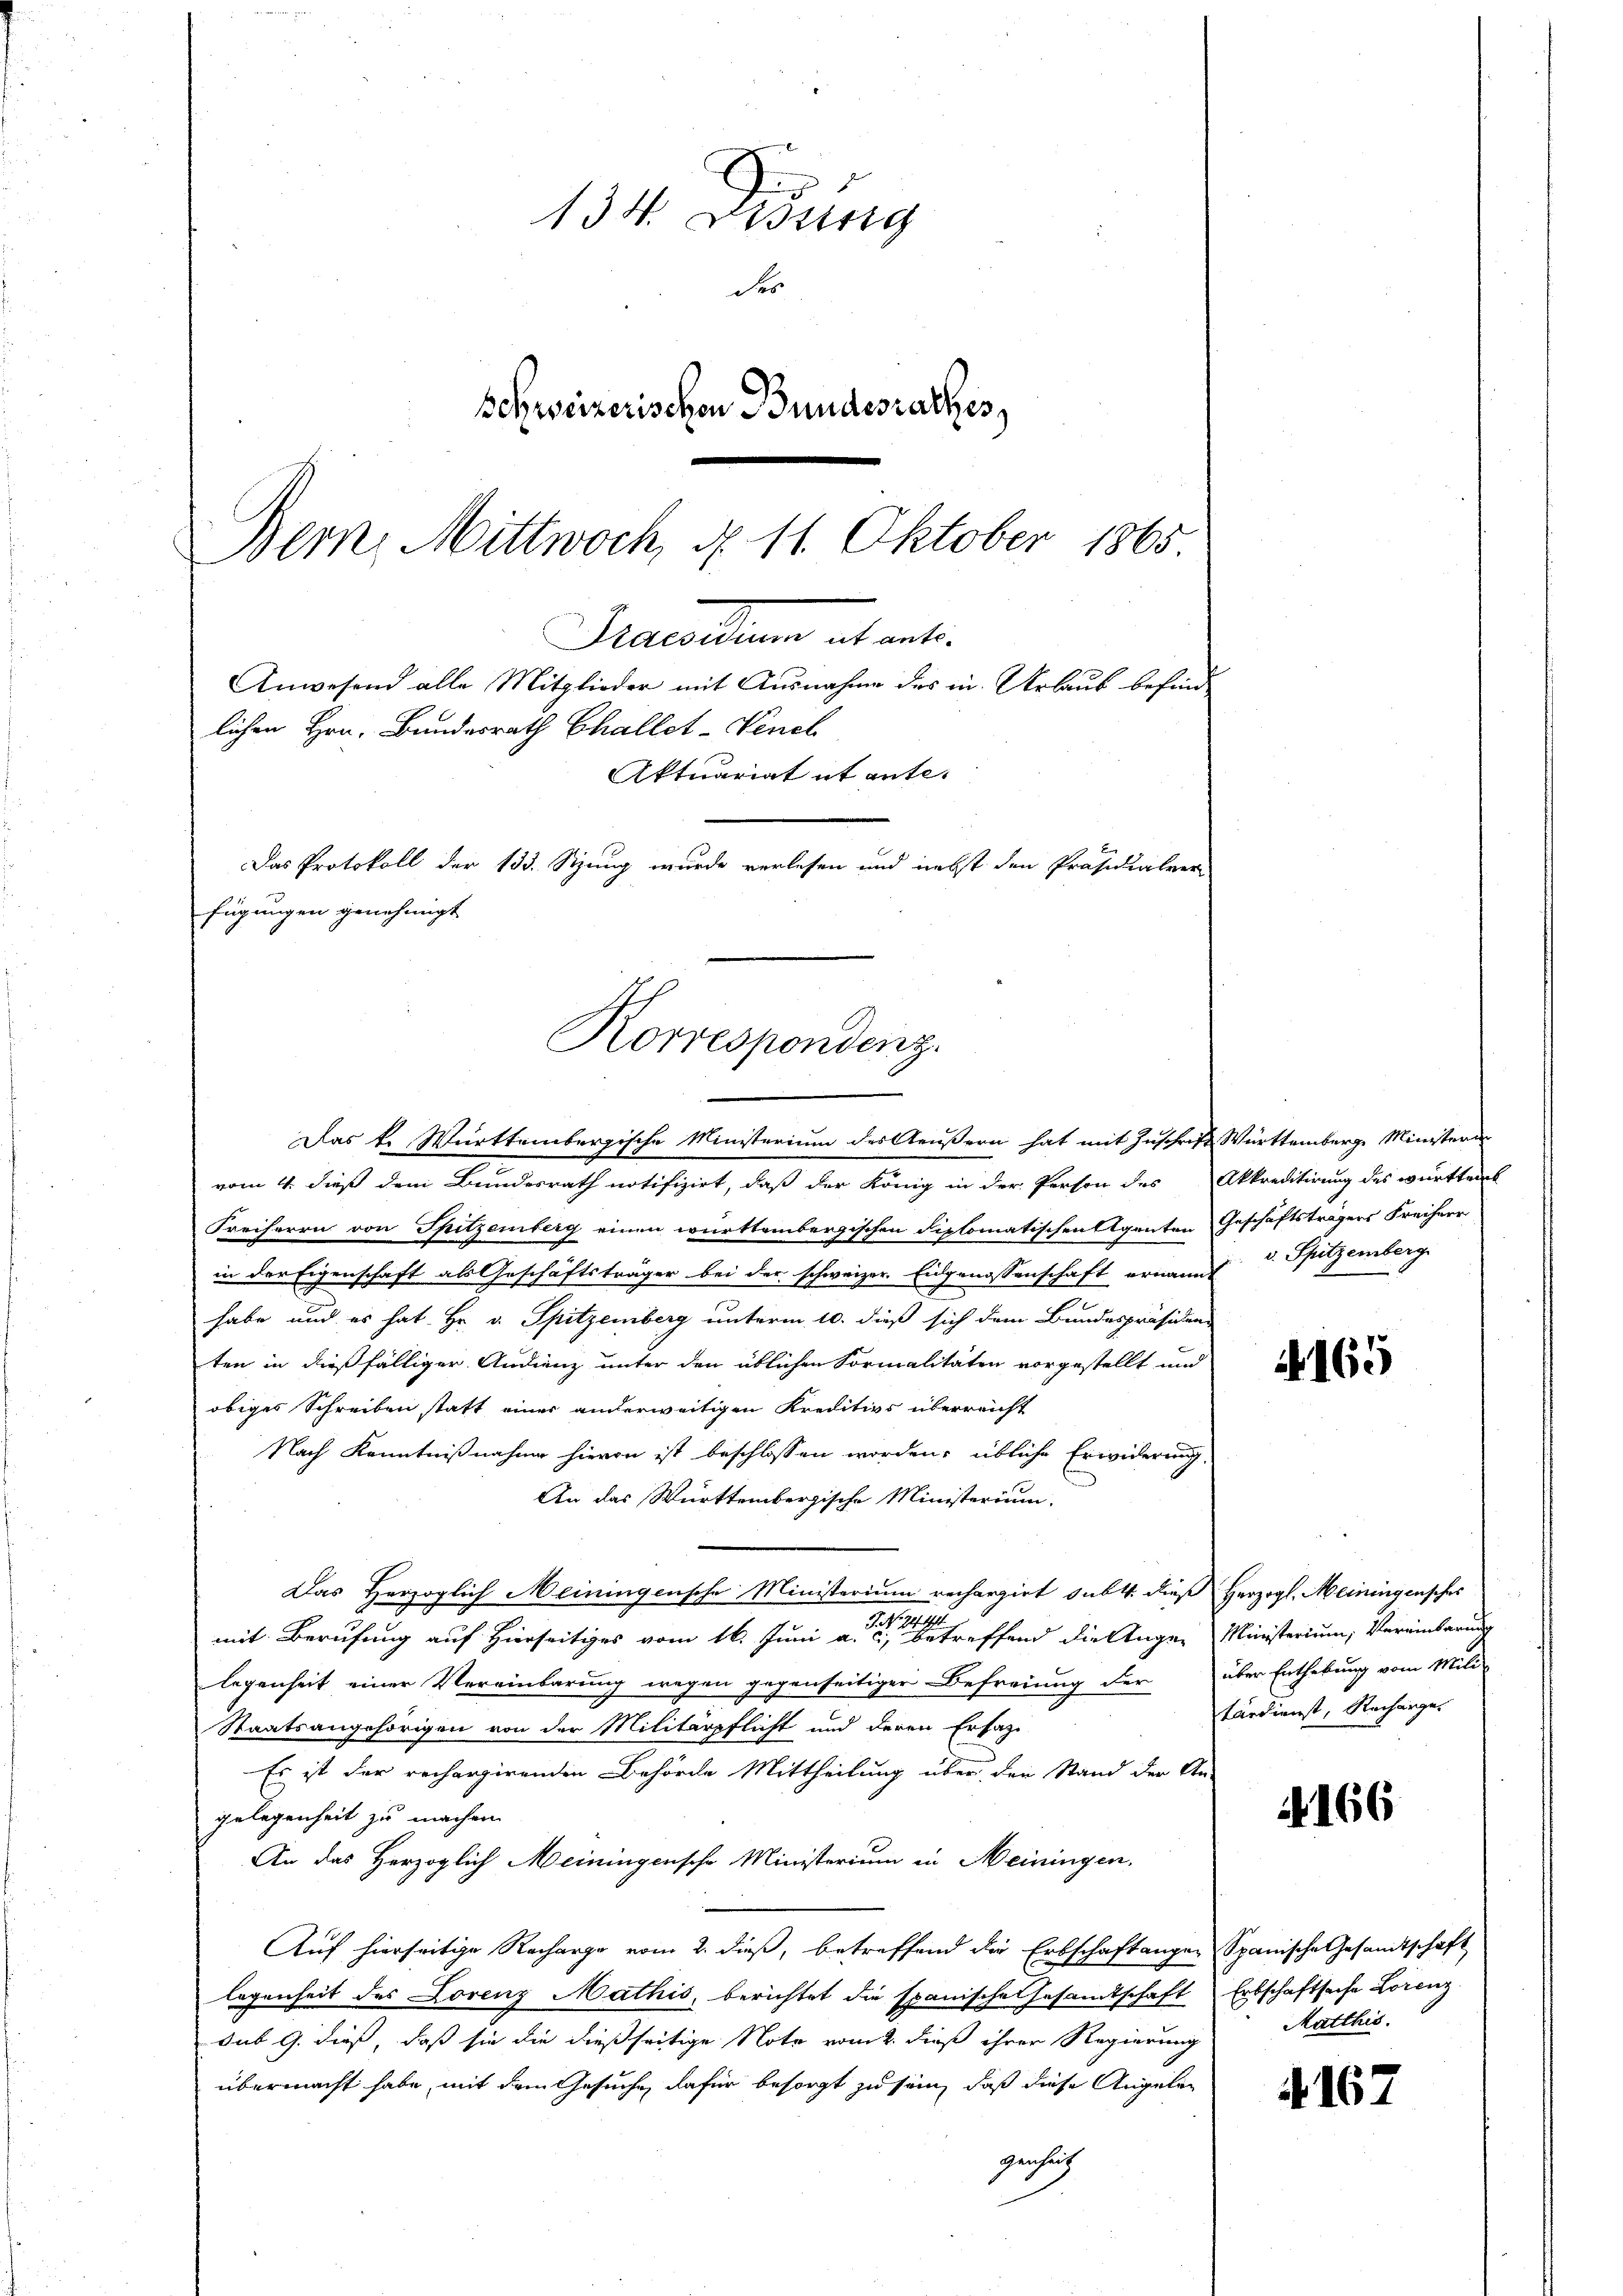
Pacellene et ent
lichen Hrn. Bundesrath Challet-Vench
Das Protokoll der 133. Szung wurde verlesen und nebst den Präsidialver
fügungen genehmigt
Korrespondenz.
Das k. Württembergische Ministerium des Aeußern hat mit Zuschrift Württemberge Ministeri

134. Dessing
der
schweizerischen Bundesrathes
Bern, Mittwoch, d. 11. Oktober 1865

Anwesend alle Mitglieder mit Ausnahme des in Urlaub befinde
Aktuariat et ante-

vom 4. dieß dem Bundesrath notifizirt, daß der König in der Person des Akkreditirung des württemb
Freiherrn von Spitzenberg einen württembergischen diplomatischen Agenten Geschäftsträgers Freiherr
in der Eigenschaft als Geschäftsträger bei der schweizer. Eidgenossenschaft ernannt
habe und es hat Hr. v. Spitzemberg unterm 10. dieß sich dem Bundespräsiden-
ten in dießfälliger Audienz unter den üblichen Formalitäten vorgestellt und
obiges Schreiben statt einer anderweitigen Kreditivs überreicht
Nach Kenntnißnahme hievon ist beschlossen worden; übliche Erwiderung
An das Württembergische Ministerium.
Das Herzoglich Meiningensche Ministerium rechargirt sub 4. dieß Herzogl. Meiningensches
1. 94. 191
mit Berufung auf Hierseitiges vom 16. Juni a. c. betreffend die Augen Ministerium, Vereinbarung
legenheit einer Vereinbarung wegen gegenseitiger Befreiung der über Enthebung vom Mili-
Staatsangehörigen von der Militärpflicht und deren Erfah-
Es ist der rechargirenden Behörde Mittheilung über den Stand der An-
gelegenheit zu machen.
An das Herzoglich Meiningensche Ministerium in Meiningen.
Auf hierseitige Recharge vom 2. dieß, betreffend die Erbschaftungen Spanische Gesandtschaft
legenheit des Lorenz Mathis, berichtet die spanische Gesamtschaft Erbschaftsache Lorenz
sub 9. dieß, daß sie die dießseitige Note vom 2. dieß ihrer Regierung
übermacht habe, mit dem Gesuche, dafür besorgt zu sein, daß diese Angeleg
gensrich

v. Spitzemberg

165

tärdienst, Recharges

A. 166

Matthis

A 167